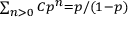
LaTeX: \scriptstyle \sum _ { n > 0 } C p ^ { n } = p / ( 1 - p )